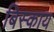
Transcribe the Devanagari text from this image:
बिस्काय